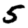
Digit: 5